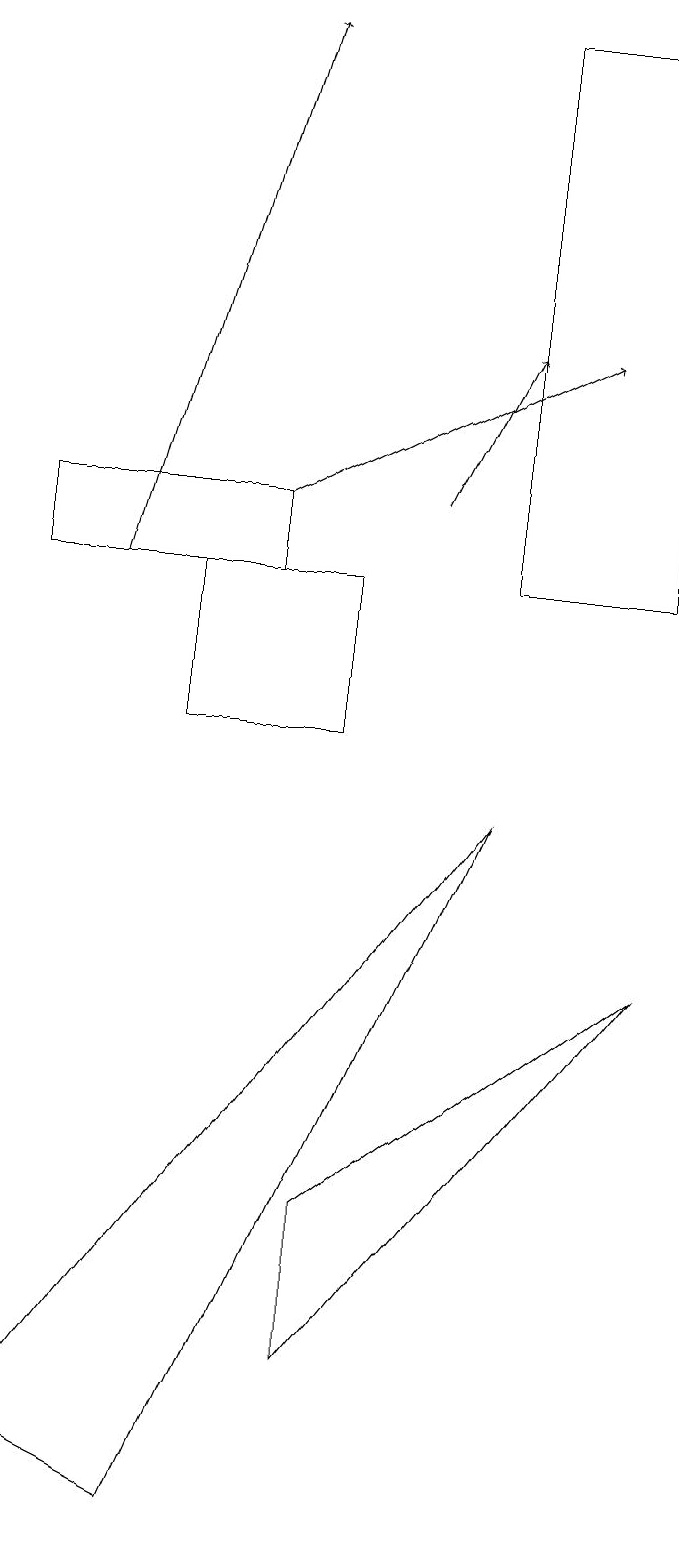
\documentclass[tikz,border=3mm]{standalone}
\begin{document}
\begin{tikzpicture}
\draw (4,4) -- (4,2) -- (8,7) -- cycle;
\draw[->] (3,13) -- (7,15);
\draw[->] (5,13) -- (6,15);
\draw (3,12) rectangle (0,13);
\draw (2,12) rectangle (4,10);
\draw[->] (1,12) -- (3,19);
\draw (8,19) rectangle (6,12);
\draw (0,1) -- (2,0) -- (6,9) -- cycle;
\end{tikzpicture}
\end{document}